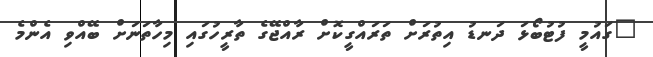
"ގައުމީ ފުޓުބޯޅަ ދަނޑު އިތުރަށް ތަރައްގީކޮށް ރާއްޖޭގެ ތާރީހުގައި މިހާތަނަށް ބޭއްވި އެންމެ